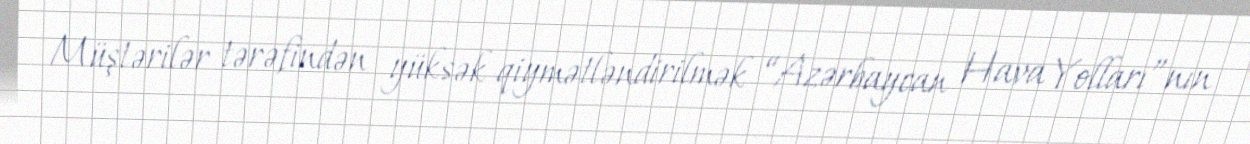
Müştərilər tərəfindən yüksək qiymətləndirilmək “Azərbaycan Hava Yolları”nın